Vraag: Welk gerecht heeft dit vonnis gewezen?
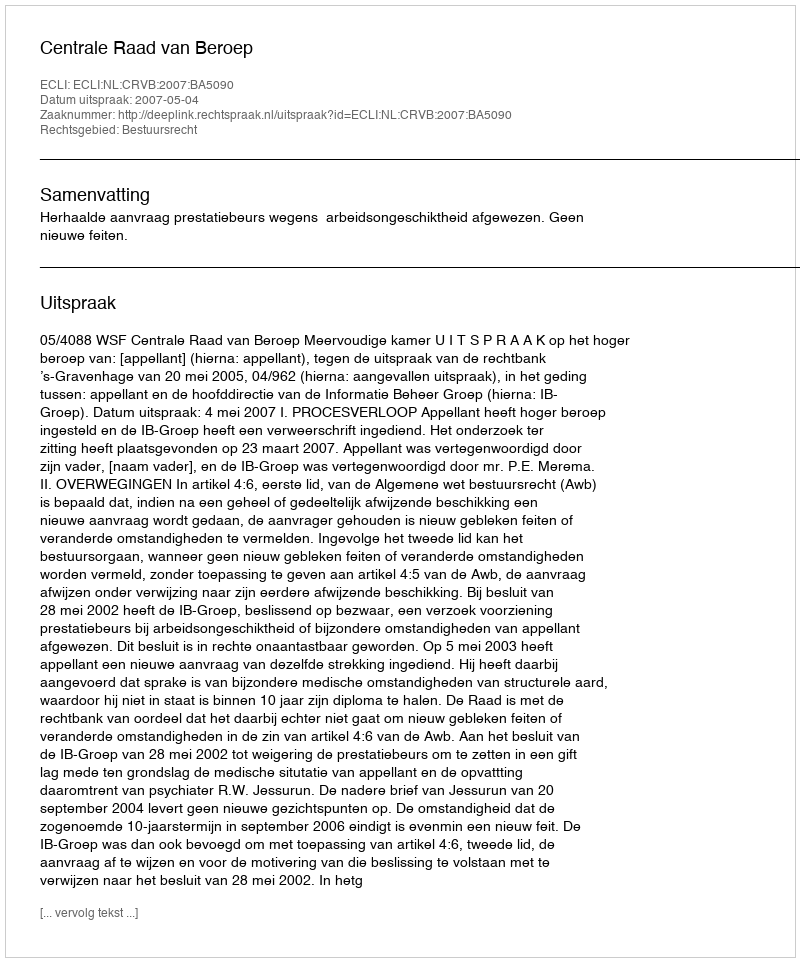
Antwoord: Centrale Raad van Beroep